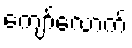
ကျော်လောက်